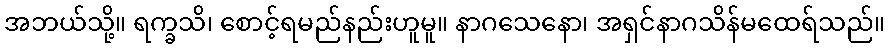
အဘယ်သို့။ ရက္ခသိ၊ စောင့်ရမည်နည်းဟူမူ။ နာဂသေနော၊ အရှင်နာဂသိန်မထေရ်သည်။